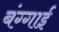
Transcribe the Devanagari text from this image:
बंग्गाई